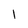
Character: l